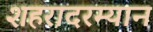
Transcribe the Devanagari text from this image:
शहरादरम्यान